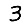
Digit: 3